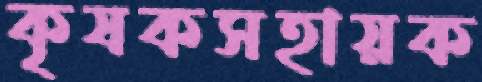
কৃষকসহায়ক